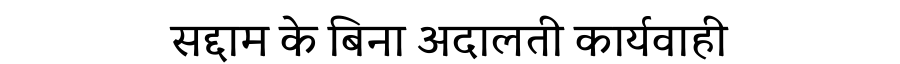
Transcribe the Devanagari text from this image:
सद्दाम के बिना अदालती कार्यवाही